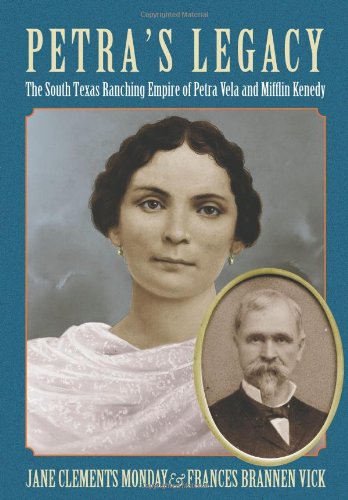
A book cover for PetraEEs Legacy: The South Texas Ranching Empire of Petra Vela and Mifflin Kenedy (Perspectives on South Texas, sponsored by Texas A&M University-Kingsville); Jane Clements Monday; Biographies & Memoirs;